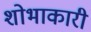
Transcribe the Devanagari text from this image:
शोभाकारी